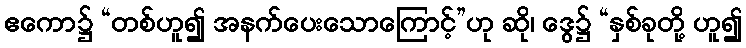
ဧကော၌ “တစ်ဟူ၍ အနက်ပေးသောကြောင့်”ဟု ဆို၊ ဒွေ၌ “နှစ်ခုတို့ ဟူ၍